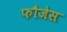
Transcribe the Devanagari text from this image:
फौजेस